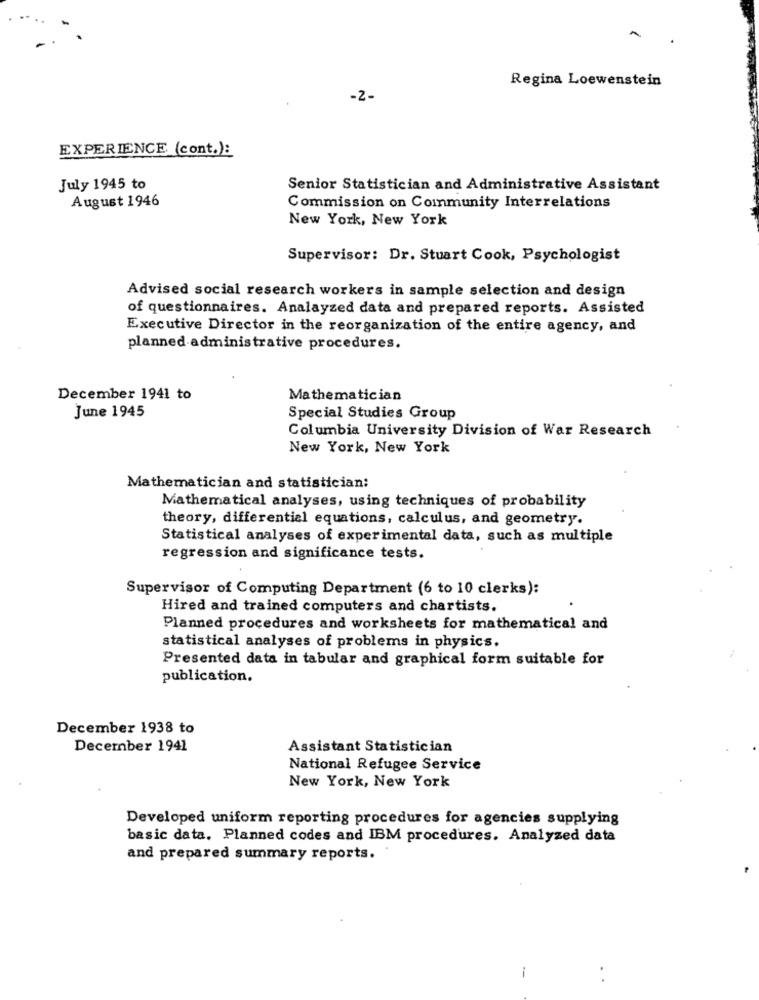
A
Regina Loewenstein
-2-
EXPERIENCE (cont.):
July 1945 to
Senior Statistician and Administrative Assistant
August 1946
Commission on Community Interrelations
New York, New York
Supervisor: Dr. Stuart Cook, Psychologist
Advised social research workers in sample selection and design
of questionnaires. Analayzed data and prepared reports. Assisted
Executive Director in the reorganization of the entire agency, and
planned administrative procedures.
December 1941 to
Mathematician
June 1945
Special Studies Group
Columbia University Division of War Research
New York, New York
Mathematician and statistician:
Mathematical analyses, using techniques of probability
theory, differential equations, calculus, and geometry.
Statistical analyses of experimental data, such as multiple
regression and significance tests.
Supervisor of Computing Department (6 to 10 clerks):
Hired and trained computers and chartists.
Planned procedures and worksheets for mathematical and
statistical analyses of problems in physics.
Presented data in tabular and graphical form suitable for
publication.
December 1938 to
December 1941
Assistant Statistician
National Refugee Service
New York, New York
Developed uniform reporting procedures for agencies supplying
basic data. Planned codes and IBM procedures. Analyzed data
and prepared summary reports.
i
.